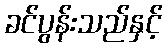
ခင်ပွန်းသည်နှင့်